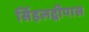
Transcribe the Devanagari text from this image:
सिंहलद्वीपास